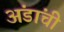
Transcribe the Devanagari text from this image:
अंडांची